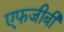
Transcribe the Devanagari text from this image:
एफजीबी